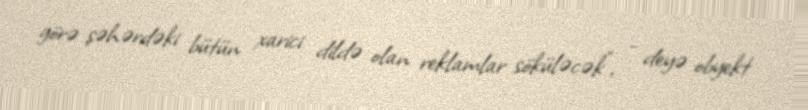
görə şəhərdəki bütün xarici dildə olan reklamlar söküləcək", - deyə obyekt